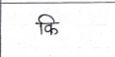
मजकूर: कि